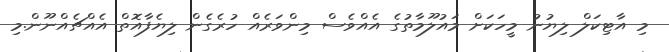
މި އާޓިކަލް ލިޔުނު މީހަކަށް މައުލޫމާތުގެ އެއްވެސް މިންވަރެއް ހުރެގެން ލިޔެފާއޮތް އެއްޗެއްނޫން.މި